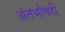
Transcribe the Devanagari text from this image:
अंतर्भावही